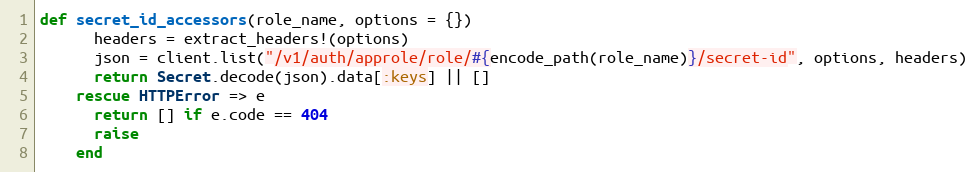
Language: Ruby
def secret_id_accessors(role_name, options = {})
      headers = extract_headers!(options)
      json = client.list("/v1/auth/approle/role/#{encode_path(role_name)}/secret-id", options, headers)
      return Secret.decode(json).data[:keys] || []
    rescue HTTPError => e
      return [] if e.code == 404
      raise
    end